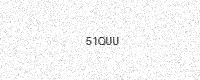
Text: 51QUU